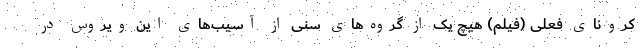
کرونای فعلی (فیلم) هیچ یک از گروه‌های سنی از آسیب‌های این ویروس در